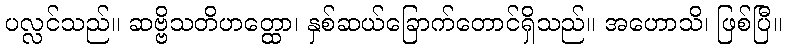
ပလ္လင်သည်။ ဆဗ္ဗိသတိဟတ္ထော၊ နှစ်ဆယ်ခြောက်တောင်ရှိသည်။ အဟောသိ၊ ဖြစ်ပြီ။